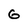
Character: G